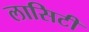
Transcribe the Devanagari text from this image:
लासिटी